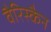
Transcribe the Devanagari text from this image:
वैरिस्कैन